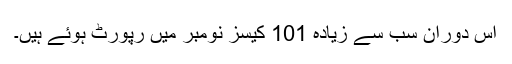
اس دوران سب سے زیادہ 101 کیسز نومبر میں رپورٹ ہوئے ہیں۔